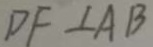
D F \bot A B